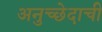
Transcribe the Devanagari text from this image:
अनुच्छेदाची